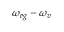
\omega _ { e g } - \omega _ { v }